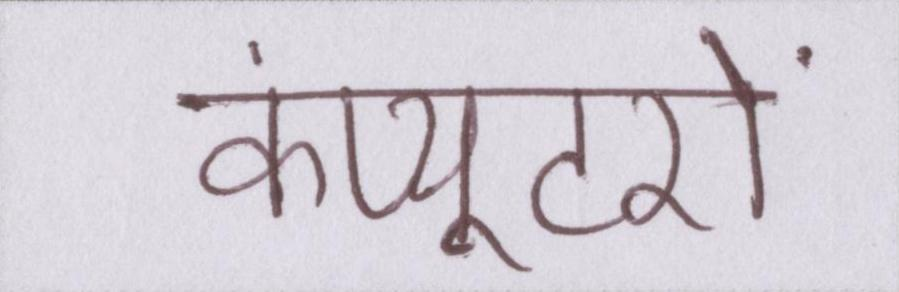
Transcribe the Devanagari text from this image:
कंप्यूटरों